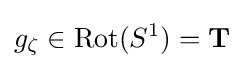
g_{\zeta }\in \mathrm {Rot} (S^{1})=\mathbf {T}